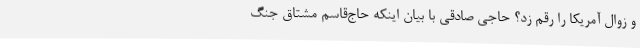
و زوال آمریکا را رقم زد؟ حاجی صادقی با بیان اینکه حاج‌قاسم مشتاق جنگ